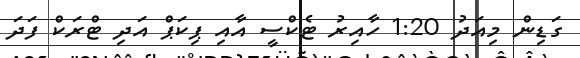
ގަޑިން މިއަދު 1:20 ހާއިރު ޓެކްސީ އާއި ޕިކަޕް އަދި ޓްރަކް ފަދަ